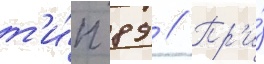
т'и́п 89 // Пр'и́